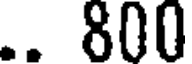
.. 800